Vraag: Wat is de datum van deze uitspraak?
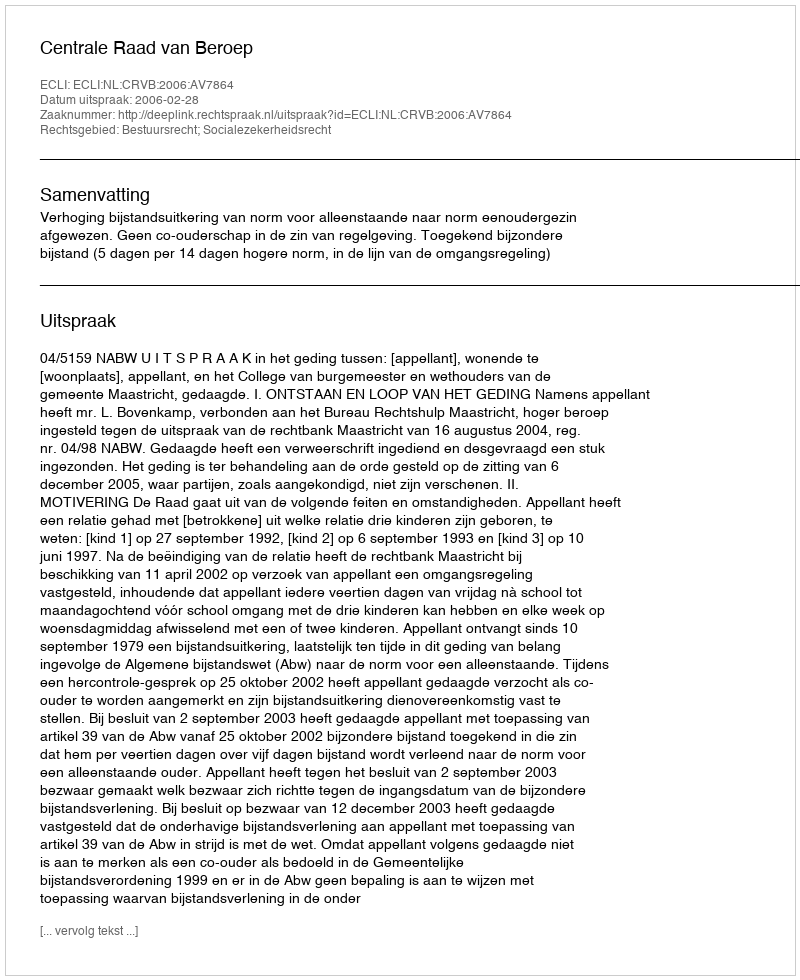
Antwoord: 2006-02-28